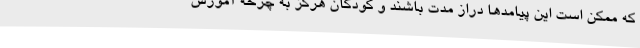
که ممکن است این پیامدها دراز مدت باشند و کودکان هرگز به چرخه آموزش